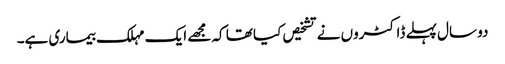
دو سال پہلے ڈاکٹروں نے تشخیص کیا تھا کہ مجھے ایک مہلک بیماری ہے۔